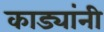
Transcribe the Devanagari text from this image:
काड्यांनी